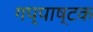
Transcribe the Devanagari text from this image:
गप्पाष्टक